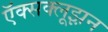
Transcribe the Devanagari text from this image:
ऍक्सक्लूझ़न